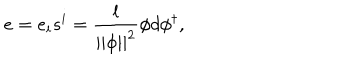
e = e _ { i } s ^ { i } = \frac l { | | \phi | | ^ { 2 } } \phi d \phi ^ { \dagger } ,